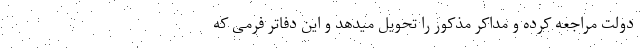
دولت مراجعه کرده و مداکر مذکور را تحویل میدهد و این دفاتر فرمی که